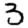
Digit: 3